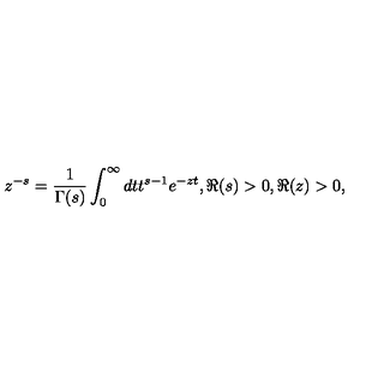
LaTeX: z ^ { - s } = \frac { 1 } { \Gamma ( s ) } \int _ { 0 } ^ { \infty } d t t ^ { s - 1 } e ^ { - z t } , \Re ( s ) > 0 , \Re ( z ) > 0 ,